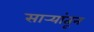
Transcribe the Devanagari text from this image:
सार्‍यांतून